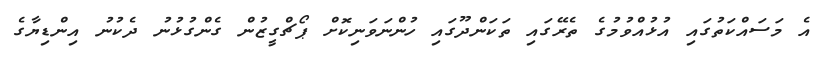
އެ މަސައްކަތުގައި އުޅުއްވުމުގެ ތެރޭގައި ތަކަންދޫގައި ހުންނަވަނިކޮށް ޕޯޗްގީޒުން ގެންގުޅުނު ދެކުނު އިންޑިޔާގެ